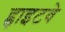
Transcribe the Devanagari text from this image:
ह्वाइटवे